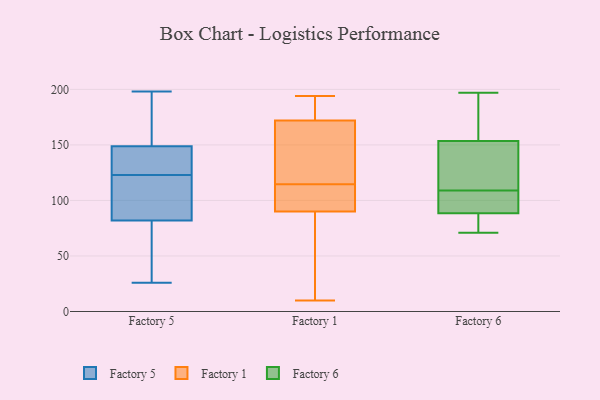
{"axis": {"x": "LTV (USD)", "y": "Value"}, "legend": ["Factory 1", "Factory 5", "Factory 6"], "data": [{"x": "", "y": 142, "type": "Factory 5"}, {"x": "", "y": 183, "type": "Factory 5"}, {"x": "", "y": 131, "type": "Factory 5"}, {"x": "", "y": 149, "type": "Factory 5"}, {"x": "", "y": 26, "type": "Factory 5"}, {"x": "", "y": 78, "type": "Factory 5"}, {"x": "", "y": 198, "type": "Factory 5"}, {"x": "", "y": 51, "type": "Factory 5"}, {"x": "", "y": 175, "type": "Factory 5"}, {"x": "", "y": 148, "type": "Factory 5"}, {"x": "", "y": 73, "type": "Factory 5"}, {"x": "", "y": 123, "type": "Factory 5"}, {"x": "", "y": 105, "type": "Factory 5"}, {"x": "", "y": 101, "type": "Factory 5"}, {"x": "", "y": 94, "type": "Factory 5"}, {"x": "", "y": 104, "type": "Factory 1"}, {"x": "", "y": 189, "type": "Factory 1"}, {"x": "", "y": 61, "type": "Factory 1"}, {"x": "", "y": 165, "type": "Factory 1"}, {"x": "", "y": 116, "type": "Factory 1"}, {"x": "", "y": 92, "type": "Factory 1"}, {"x": "", "y": 113, "type": "Factory 1"}, {"x": "", "y": 172, "type": "Factory 1"}, {"x": "", "y": 25, "type": "Factory 1"}, {"x": "", "y": 187, "type": "Factory 1"}, {"x": "", "y": 194, "type": "Factory 1"}, {"x": "", "y": 132, "type": "Factory 1"}, {"x": "", "y": 10, "type": "Factory 1"}, {"x": "", "y": 90, "type": "Factory 1"}, {"x": "", "y": 128, "type": "Factory 6"}, {"x": "", "y": 116, "type": "Factory 6"}, {"x": "", "y": 185, "type": "Factory 6"}, {"x": "", "y": 77, "type": "Factory 6"}, {"x": "", "y": 102, "type": "Factory 6"}, {"x": "", "y": 82, "type": "Factory 6"}, {"x": "", "y": 197, "type": "Factory 6"}, {"x": "", "y": 100, "type": "Factory 6"}, {"x": "", "y": 166, "type": "Factory 6"}, {"x": "", "y": 95, "type": "Factory 6"}, {"x": "", "y": 71, "type": "Factory 6"}, {"x": "", "y": 141, "type": "Factory 6"}]}